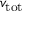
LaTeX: v _ { \mathrm { t o t } }